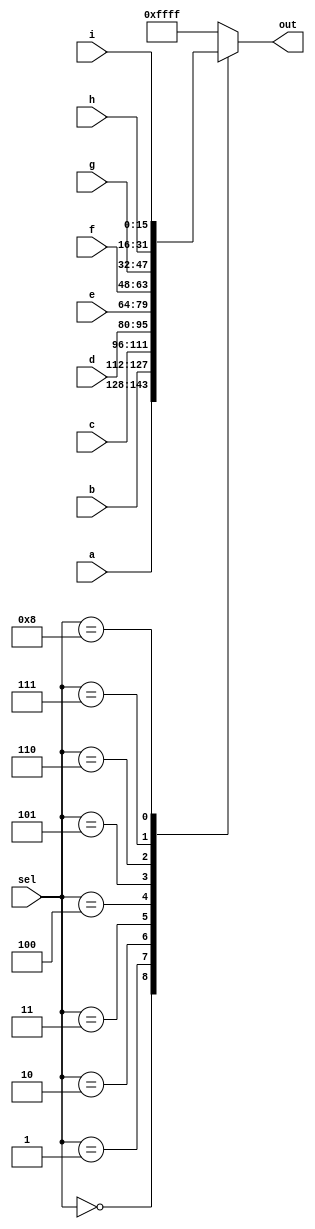
module top_module(
    input  wire [15:0] a,
    input  wire [15:0] b,
    input  wire [15:0] c,
    input  wire [15:0] d,
    input  wire [15:0] e,
    input  wire [15:0] f,
    input  wire [15:0] g,
    input  wire [15:0] h,
    input  wire [15:0] i,
    input  wire [ 3:0] sel,
    output wire [15:0] out
);
    
    always @(*)
        case(sel)
            4'b0000: out = a;
            4'b0001: out = b;
            4'b0010: out = c;
            4'b0011: out = d;
            4'b0100: out = e;
            4'b0101: out = f;
            4'b0110: out = g;
            4'b0111: out = h;
            4'b1000: out = i;
            default: out = 16'b1111111111111111;
        endcase

endmodule